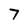
Character: 7